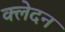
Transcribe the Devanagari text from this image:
क्‍लेदन